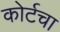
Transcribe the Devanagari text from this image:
कोर्टचा